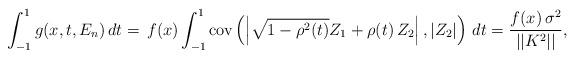
LaTeX: \begin{align*}\int_{-1}^{1}g(x,t,E_{n})\,dt=\,f(x)\int_{-1}^{1}\mbox{{\rm cov}}\left(\left| \sqrt{1-\rho ^{2}(t)}Z_{1}+\rho (t)\,Z_{2}\right| ,\left|Z_{2}\right| \right) \,dt=\frac{f(x)\,\sigma ^{2}}{||K^{2}||},\end{align*}